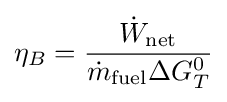
\eta _{B}={\frac {{\dot {W}}_{\text{net}}}{{\dot {m}}_{\text{fuel}}\Delta G_{T}^{0}}}